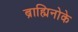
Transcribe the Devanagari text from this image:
ब्राह्मिनोके